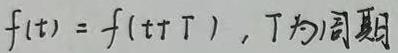
$f(t)=f(t + T)，T为周期$